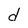
Character: d